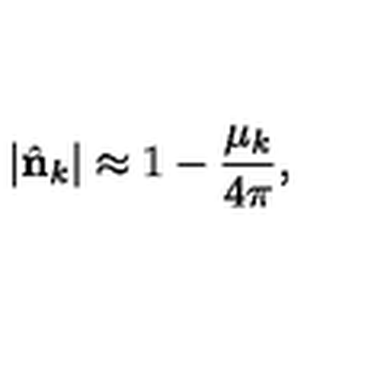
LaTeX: | \hat { \bf n } _ { k } | \approx 1 - { \frac { \mu _ { k } } { 4 \pi } } ,